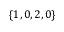
\{ 1 , 0 , 2 , 0 \}